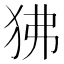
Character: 狒